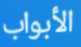
الأبواب